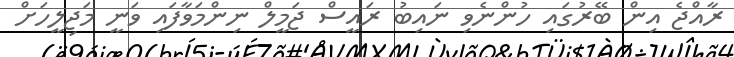
ރާއްޖެ އިން ބޭރުގައި ހުންނެވި ނައިބު ރައީސް ޖަމީލް ނިންމަވާފައި ވަނީ މަޖިލީހަށް